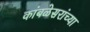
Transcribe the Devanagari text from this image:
कांबळेसरांच्या